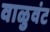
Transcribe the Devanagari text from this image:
वाळुवंट